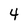
Character: 4